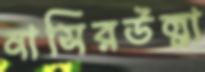
নাসিরউল্লা